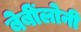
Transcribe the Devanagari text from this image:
बेबींलोनी